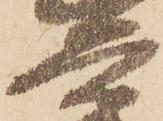
兵